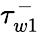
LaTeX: \tau_{w1}^{-}